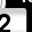
Digit: 2